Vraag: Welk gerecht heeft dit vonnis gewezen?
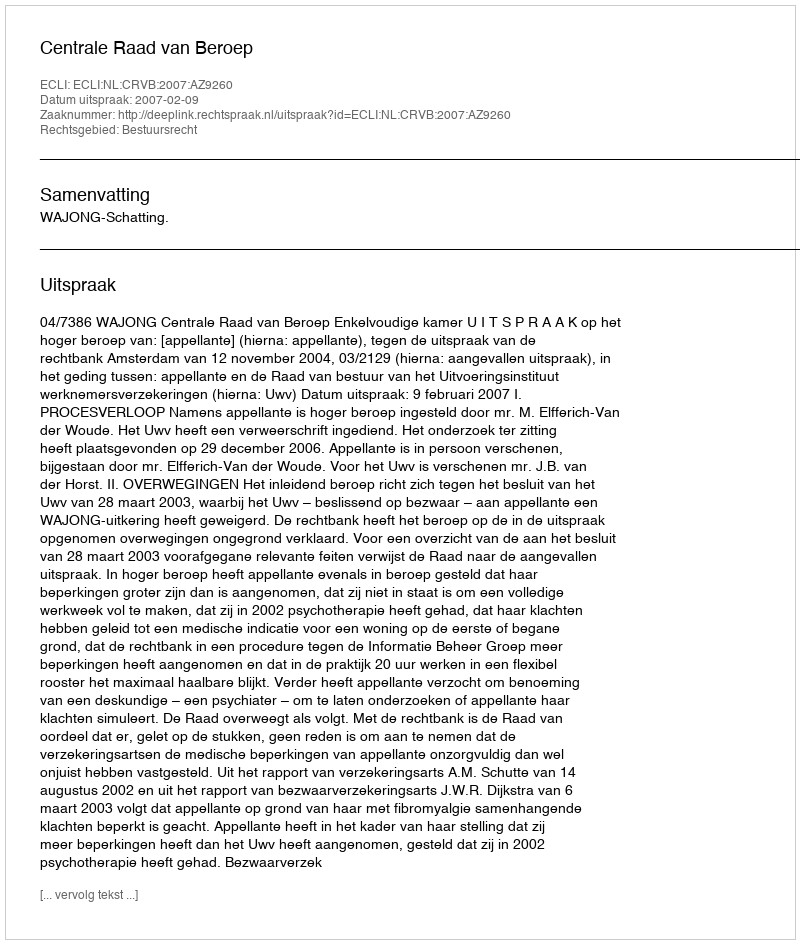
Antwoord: Centrale Raad van Beroep